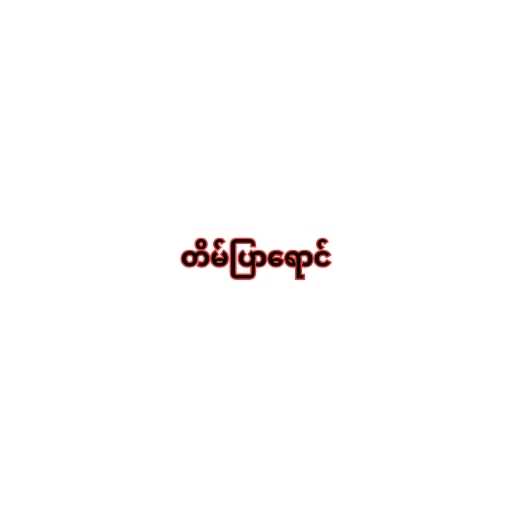
တိမ်ပြာရောင်